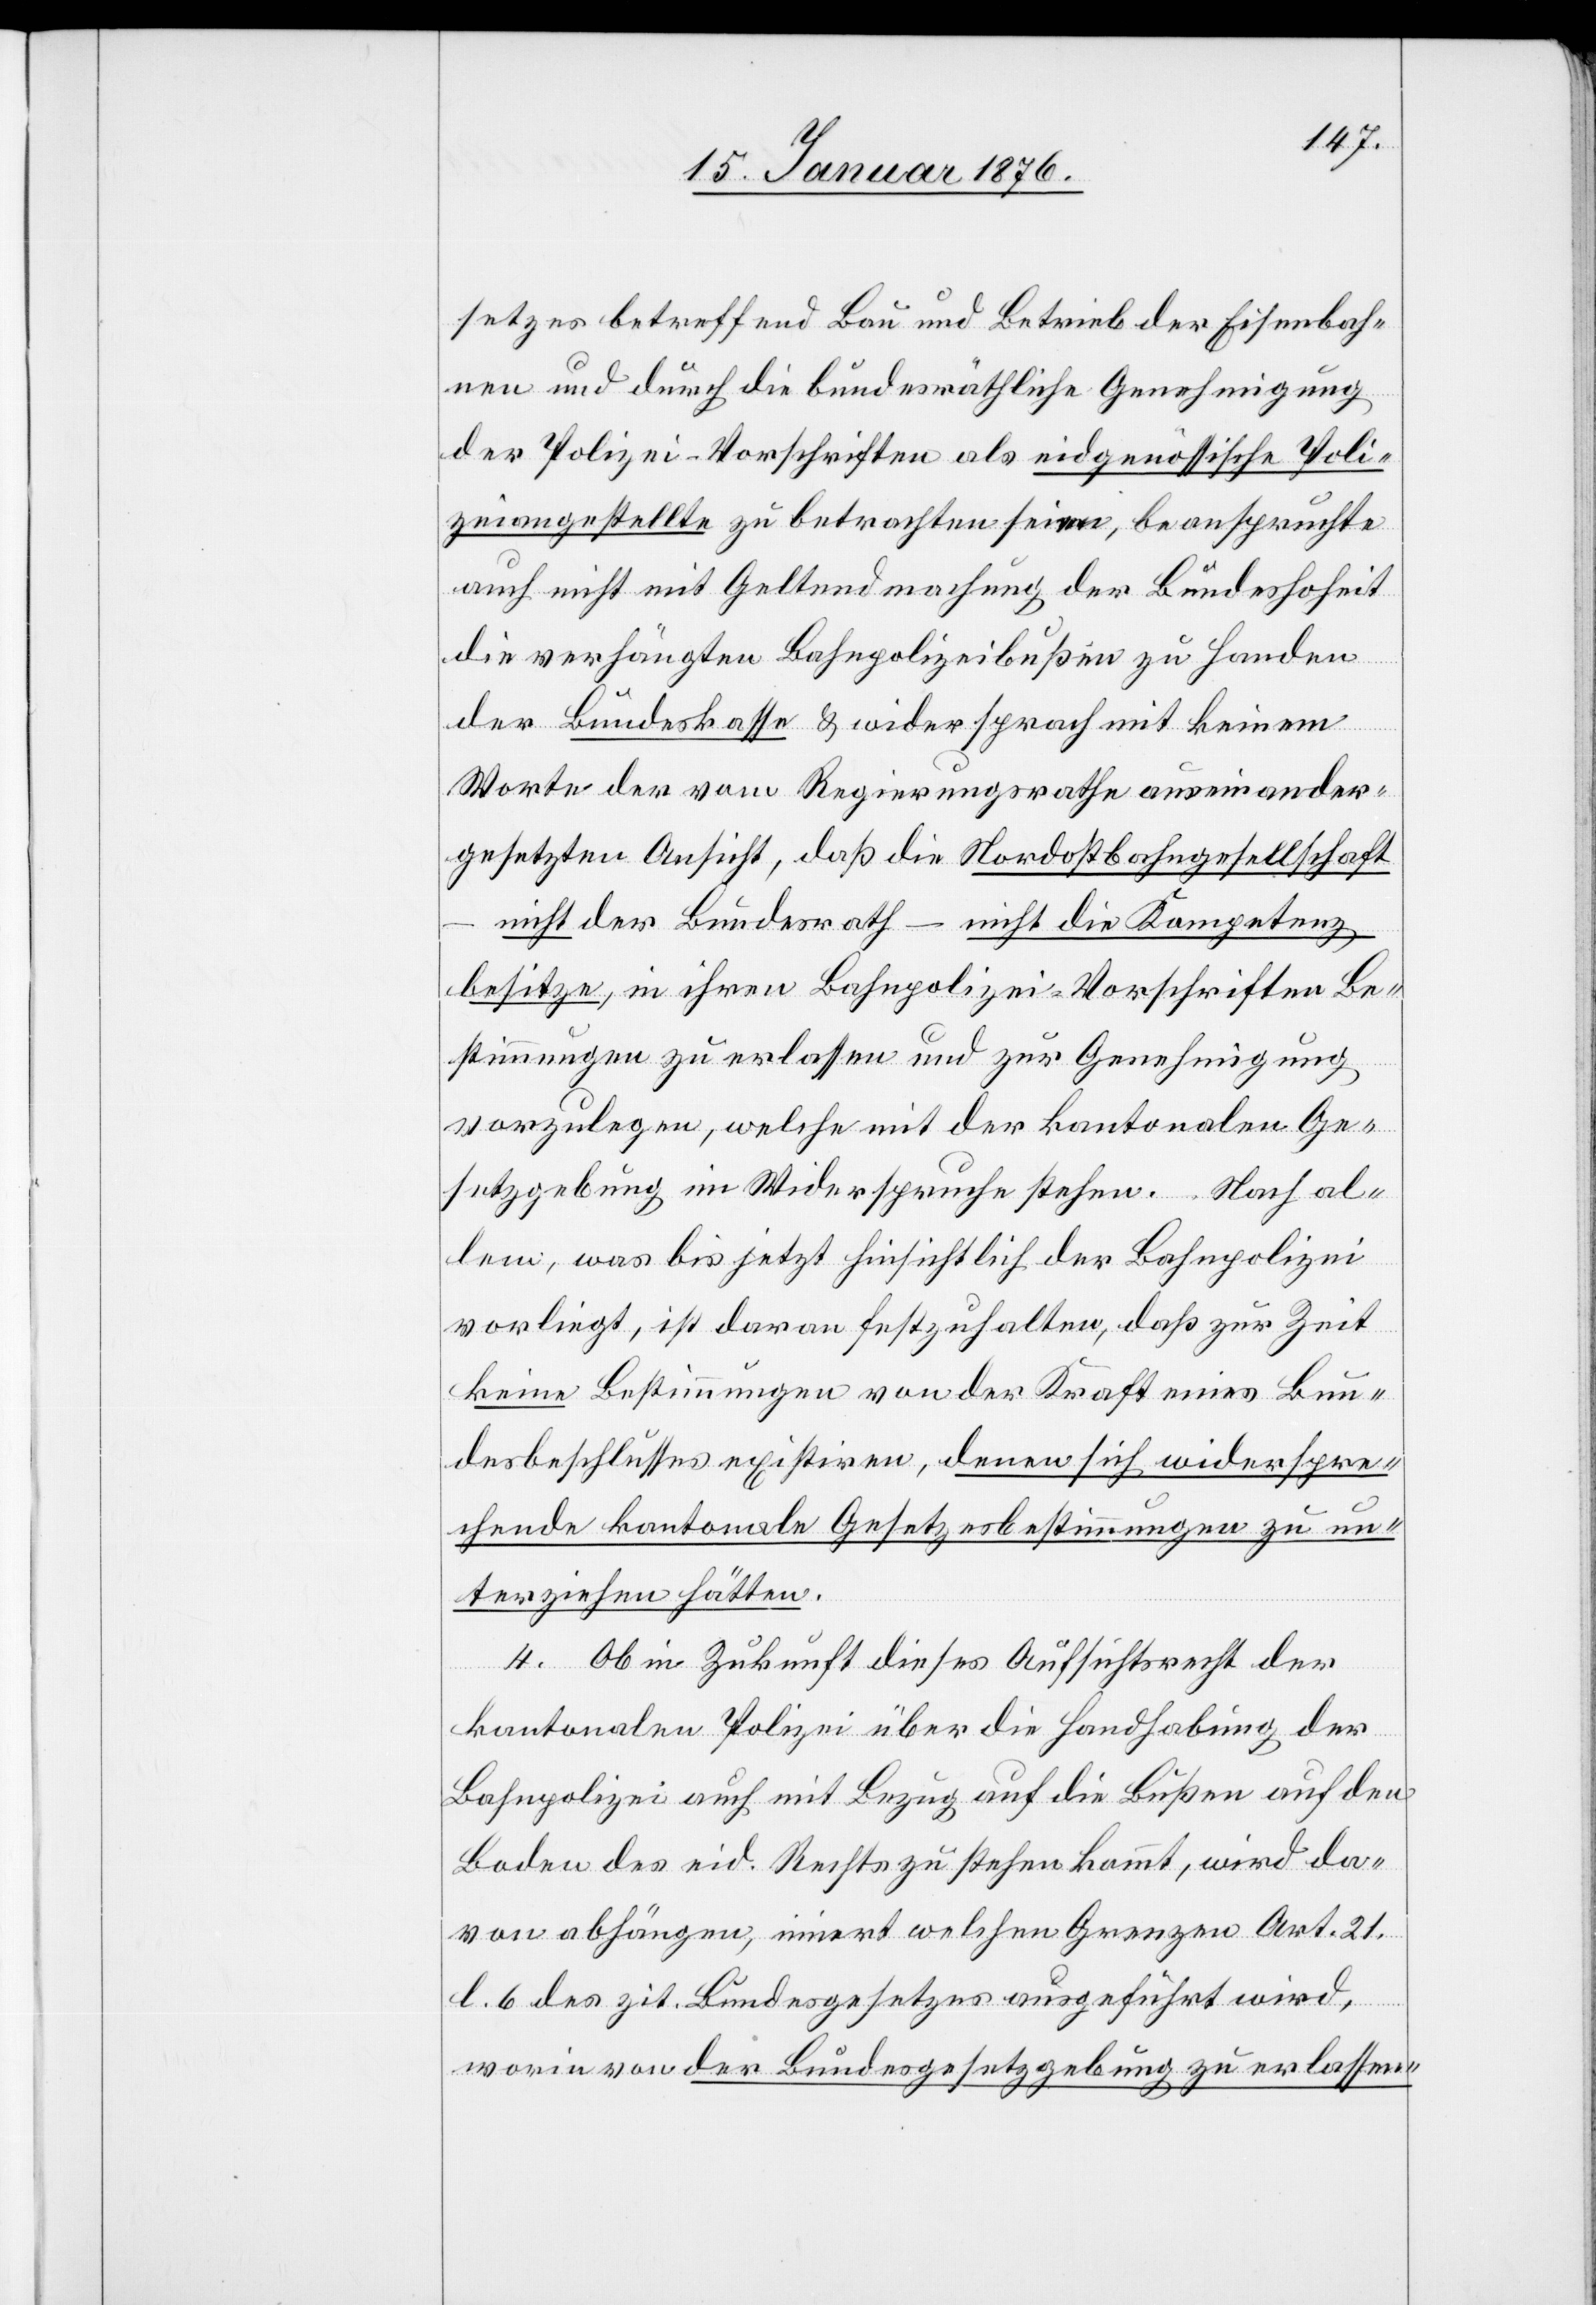
setzes betreffend Bau und Betrieb der Eisenbah¬
nen und durch die bundesräthliche Genehmigung
der Polizei-Vorschriften als eidgenössische Poli¬
zeiangestellte zu betrachten seien, beanspruchte
auch nicht mit Geltendmachung der Bundeshoheit
die verhängten Bahnpolizeibußen zu Handen
der Bundeskasse u. widersprach mit keinem
Worte der vom Regierungsrathe auseinander¬
gesetzten Ansicht, daß die Nordostbahngesellschaft
nicht der Bundesrath – nicht die Kompetenz
besitze, in ihren Bahnpolizei-Vorschriften Be¬
stimmungen zu erlassen und zur Genehmigung
vorzulegen, welche mit der kantonalen Ge¬
setzgebung im Widerspruche stehen. Nach al¬
lem, was bis jetzt hinsichtlich der Bahnpolizei
vorliegt, ist daran festzuhalten, daß zur Zeit
keine Bestimmungen von der Kraft eines Bun¬
desbeschlusses existiren, denen sich widerspre¬
chende kantonale Gesetzesbestimmungen zu un¬
terziehen hätten.
4. Ob in Zukunft dieses Aufsichtsrecht der
kantonalen Polizei über die Handhabung der
Bahnpolizei auch mit Bezug auf die Bußen auf den
Boden des eid. Rechts zu stehen kommt, wird da¬
von abhängen, innert welchen Grenzen Art. 21
l. 6 des zit. Bundesgesetzes ausgeführt wird,
worin von der Bundesgesetzgebung zu erlassen-